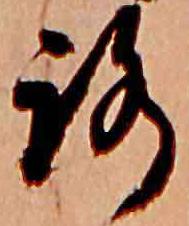
路